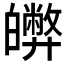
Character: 𤾵